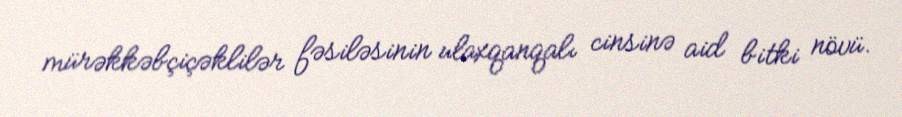
mürəkkəbçiçəklilər fəsiləsinin ulaxqanqalı cinsinə aid bitki növü.